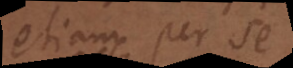
etiam per se